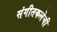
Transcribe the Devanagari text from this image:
संगीतकलेची